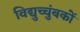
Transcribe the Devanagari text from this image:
विद्युच्चुंबकों